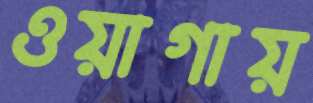
ওয়াগায়